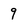
Character: 9